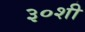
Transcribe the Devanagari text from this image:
३०शी